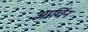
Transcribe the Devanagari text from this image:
आर्चिन